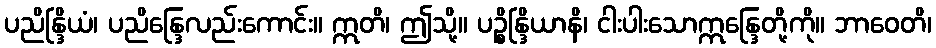
ပညိန္ဒြိယံ၊ ပညိန္ဒြေလည်းကောင်း။ ဣတိ၊ ဤသို့။ ပဉ္စိန္ဒြိယာနိ၊ ငါးပါးသောဣန္ဒြေတို့ကို။ ဘာဝေတိ၊